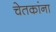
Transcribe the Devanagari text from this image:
चेतकांना